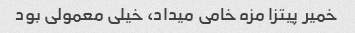
خمیر پیتزا مزه خامی میداد، خیلی معمولی بود